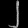
Digit: ၂